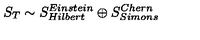
S _ { T } \sim S _ { H i l b e r t } ^ { E i n s t e i n } \oplus S _ { S i m o n s } ^ { C h e r n }